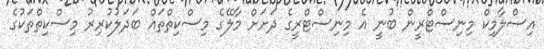
އިސްލާމިކް މިނިސްޓްރީން ބުނީ އެ މިނިސްޓްރީގެ ދަށަށް މާލޭގެ މިސްކިތްތައް ބަދަލުކުރިިރު މިސްކިތްތަކުގެ